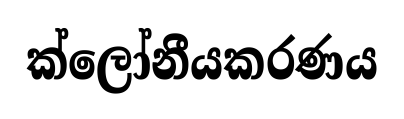
ක්ලෝනීයකරණය